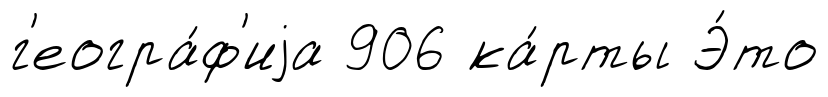
г'еогра́ф'иjа 906 ка́рты Э́то